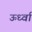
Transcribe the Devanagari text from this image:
ऊर्ध्वा